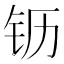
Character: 𰽝